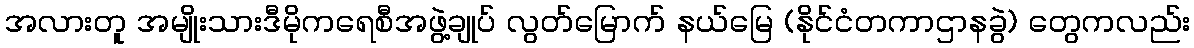
အလားတူ အမျိုးသားဒီမိုကရေစီအဖွဲ့ချုပ် လွတ်မြောက် နယ်မြေ (နိုင်ငံတကာဌာနခွဲ) တွေကလည်း